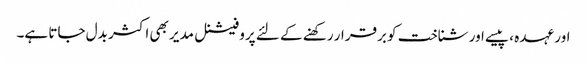
اور عہدہ ، پیسے اور شناخت کو برقرار رکھنے کے لئے پروفیشنل مدیر بھی اکثر بدل جاتا ہے۔